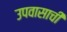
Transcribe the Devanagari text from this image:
उपवासाची